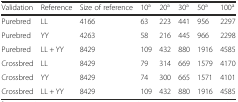
| Validation | Reference | Size of reference | 10a | 20a | 30a | 50a | 100a |
 | --- | --- | --- | --- | --- | --- | --- | --- |
 | Purebred | LL | 4166 | 63 | 223 | 441 | 956 | 2297 |
 | Purebred | YY | 4263 | 58 | 216 | 445 | 966 | 2298 |
 | Purebred | LL + YY | 8429 | 109 | 432 | 880 | 1916 | 4585 |
 | Crossbred | LL | 8429 | 79 | 314 | 669 | 1579 | 4170 |
 | Crossbred | YY | 8429 | 74 | 300 | 665 | 1571 | 4101 |
 | Crossbred | LL + YY | 8429 | 109 | 432 | 880 | 1916 | 4585 |